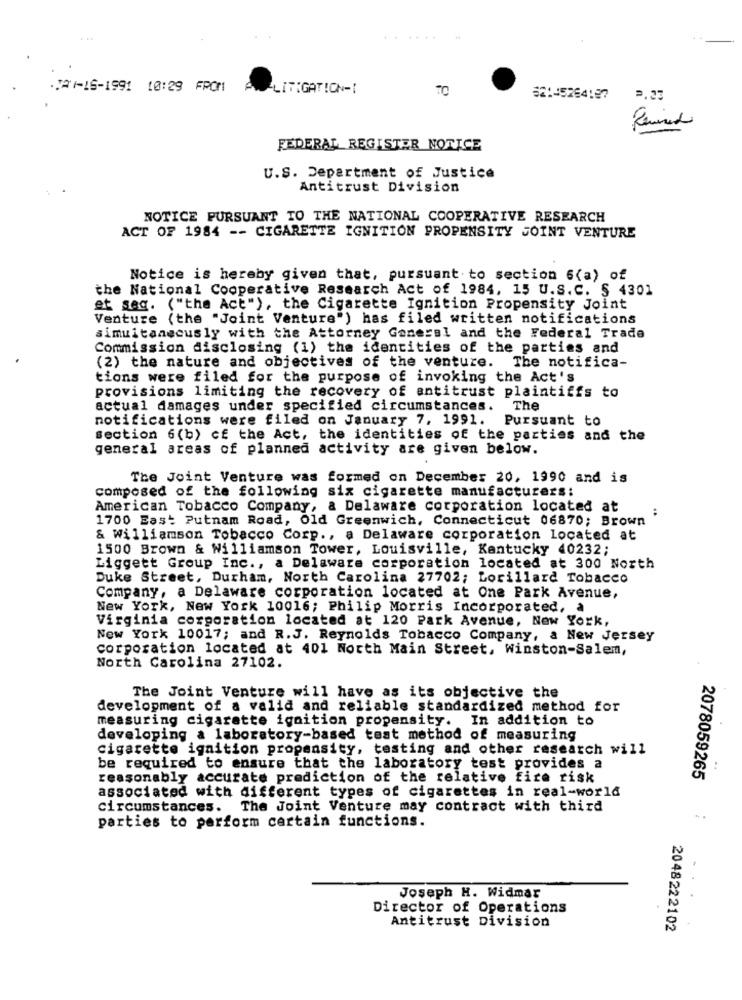
. ..
JA-6-1991 10:29 FROM1
LITIGATION-
621-5264187
Remind
FEDERAL REGISTER NOTICE
U.S. Department of Justice
Antitrust Division
NOTICE PURSUANT TO THE NATIONAL COOPERATIVE RESEARCH
ACT OF 1984 -- CIGARETTE IGNITION PROPENSITY JOINT VENTURE
Notice is hereby given that, pursuant to section 6(a) of
the National Cooperative Research Act of 1984, 15 U.S.C. § 4301
et seg. ("the Act"), the Cigarette Ignition Propensity Joint
Venture (the "Joint Venture") has filed written notifications
simultaneously with the Attorney General and the Federal Trade
Commission disclosing (1) the identities of the parties and
(2) the nature and objectives of the venture. The notifica-
tions were filed for the purpose of invoking the Act's
provisions limiting the recovery of antitrust plaintiffs to
actual damages under specified circumstances. The
notifications were filed on January 7, 1991.
Pursuant to
section 6(b) cf the Act, the identities of the parties and the
general areas of planned activity are given below.
The Joint Venture was formed on December 20, 1990 and is
composed of the following six cigarette manufacturers:
American Tobacco Company, a Delaware corporation located at
1700 East Putnam Road, Old Greenwich, Connecticut 06870; Brown
& Williamson Tobacco Corp ., a Delaware corporation located at
1500 Brown & Williamson Tower, Louisville, Kentucky 40232;
Liggett Group Inc ., a Delaware corporation located at 300 North
Duke Street, Durham, North Carolina 27702; Lorillard Tobacco
Company, a Delaware corporation located at One Park Avenue,
New York, New York 10016; Philip Morris Incorporated, à
Virginia corporation located at 120 Park Avenue, New York,
New York 10017; and R.J. Reynolds Tobacco Company, a New Jersey
Corporation located at 401 North Main Street, Winston-Salem,
North Carolina 27102.
The Joint Venture will have as its objective the
development of a valid and reliable standardized method for
measuring cigarette ignition propensity. In addition to
developing a laboratory-based test method of measuring
cigarette ignition propensity, testing and other research will
be required to ensure that the laboratory test provides a
reasonably accurate prediction of the relative fire risk
2078059265
associated with different types of cigarettes in real-world
circumstances. The Joint Venture may contract with third
parties to perform certain functions.
Joseph H. Widmar
Director of Operations
Antitrust Division
2048222102